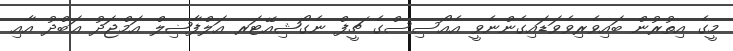
މީގެ އިތުރުން ބައިވެރިވެވަޑައިގެންނެވީ އެއޯސިސްގެ ޗީފް ނެގޯޝިއޭޓަރ އަލްފާޟިލް އަމްޖަދު ޢަބްދު އާއި